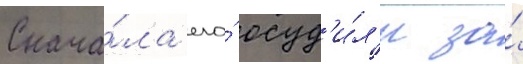
Снача́ла его́ осуд'и́л'и за́